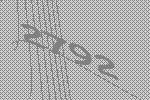
2792